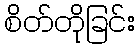
စိတ်တိုခြင်း